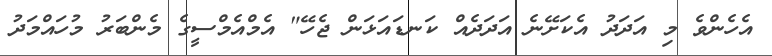
އެހެންވެ މި އަދަދު އެކަށޭނެ އަދަދެއް ކަނޑައަޅަން ޖެހޭ" އެމްއެމްސީގެ މެންބަރު މުހައްމަދު